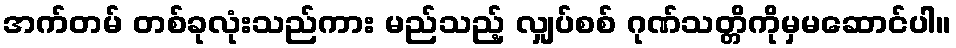
အက်တမ် တစ်ခုလုံးသည်ကား မည်သည့် လျှပ်စစ် ဂုဏ်သတ္တိကိုမှမဆောင်ပါ။